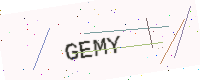
Text: GEMY